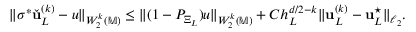
\| \sigma ^ { * } \check { \boldsymbol { \mathbf { u } } } _ { L } ^ { ( k ) } - u \| _ { W _ { 2 } ^ { k } ( \mathbb { M } ) } \le \| ( 1 - P _ { \Xi _ { L } } ) u \| _ { W _ { 2 } ^ { k } ( \mathbb { M } ) } + C h _ { L } ^ { d / 2 - k } \| \boldsymbol { \mathbf { \check { u } } } _ { L } ^ { ( k ) } - \boldsymbol { \mathbf { \check { u } } } _ { L } ^ { \star } \| _ { \ell _ { 2 } } .